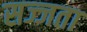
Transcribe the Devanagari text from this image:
सज्जता